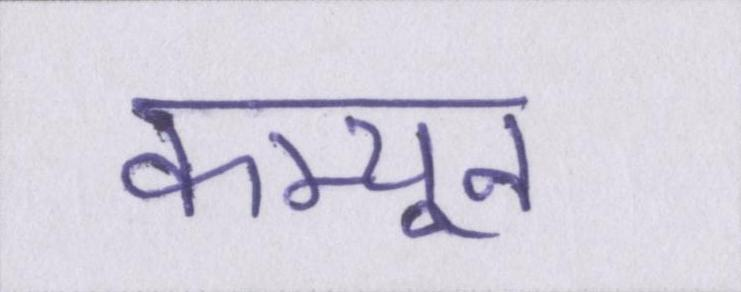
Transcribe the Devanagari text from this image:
कम्यून